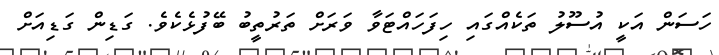
ހަސަން އަކީ އުސޫލު ތަކެއްގައި ހިފަހައްޓަވާ ވަރަށް ތަރުތީބު ބޭފުޅެކެވެ. ގަޑިން ގަޑިއަށް